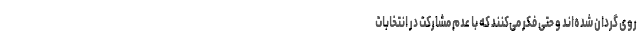
روی گردان شده‌اند و حتی فکر می‌کنند که با عدم مشارکت در انتخابات